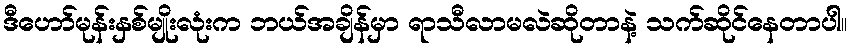
ဒီဟော်မုန်းနှစ်မျိုးလုံးက ဘယ်အချိန်မှာ ရာသီလာမလဲဆိုတာနဲ့ သက်ဆိုင်နေတာပါ။